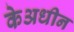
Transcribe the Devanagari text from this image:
केअधीन